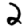
Digit: 2